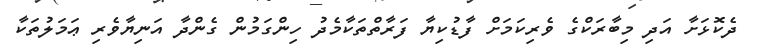
ދެކޮޅަށާ އަދި މިބާރަކްގެ ވެރިކަމަށް ފާޑުކިޔާ ފަރާތްތަކާމެދު ހިންގަމުން ގެންދާ އަނިޔާވެރި ޢަމަލުތަކާ